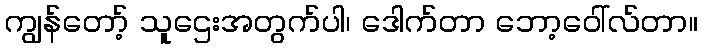
ကျွန်တော့် သူဌေးအတွက်ပါ၊ ဒေါက်တာ ဘော့ဝေါ်လ်တာ။